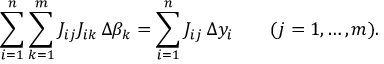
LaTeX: \sum _ { i = 1 } ^ { n } \sum _ { k = 1 } ^ { m } J _ { i j } J _ { i k } \, \Delta \beta _ { k } = \sum _ { i = 1 } ^ { n } J _ { i j } \, \Delta y _ { i } \qquad ( j = 1 , \ldots , m ) .